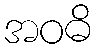
အဝဓိ